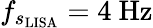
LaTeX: f_{s_{\mathrm{{LISA}}}}=4~\mathrm{{Hz}}